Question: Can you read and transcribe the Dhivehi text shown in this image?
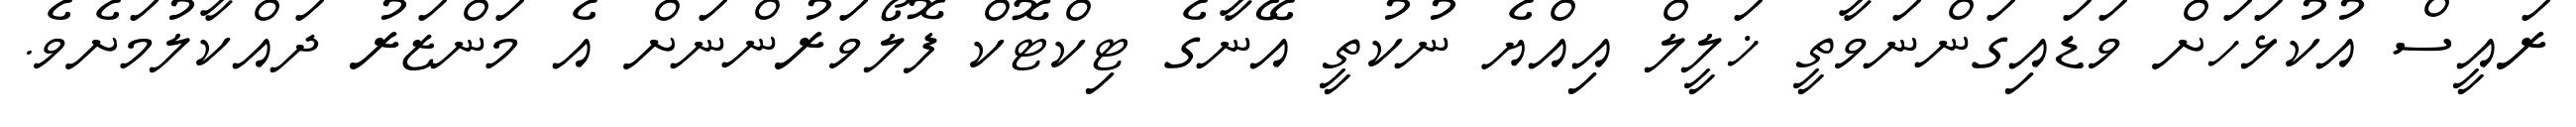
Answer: ރައީސް އުކުޅަހަށް ވަޑައިގަންނަވާތީ ޚަލީލް އިއްޔެ ނުކުތީ އޭނާގެ ޓިކްޓޮކް ފޮލޯވަރުންނަށް އެ މަންޒަރު ދައްކާލުމަށެވެ.